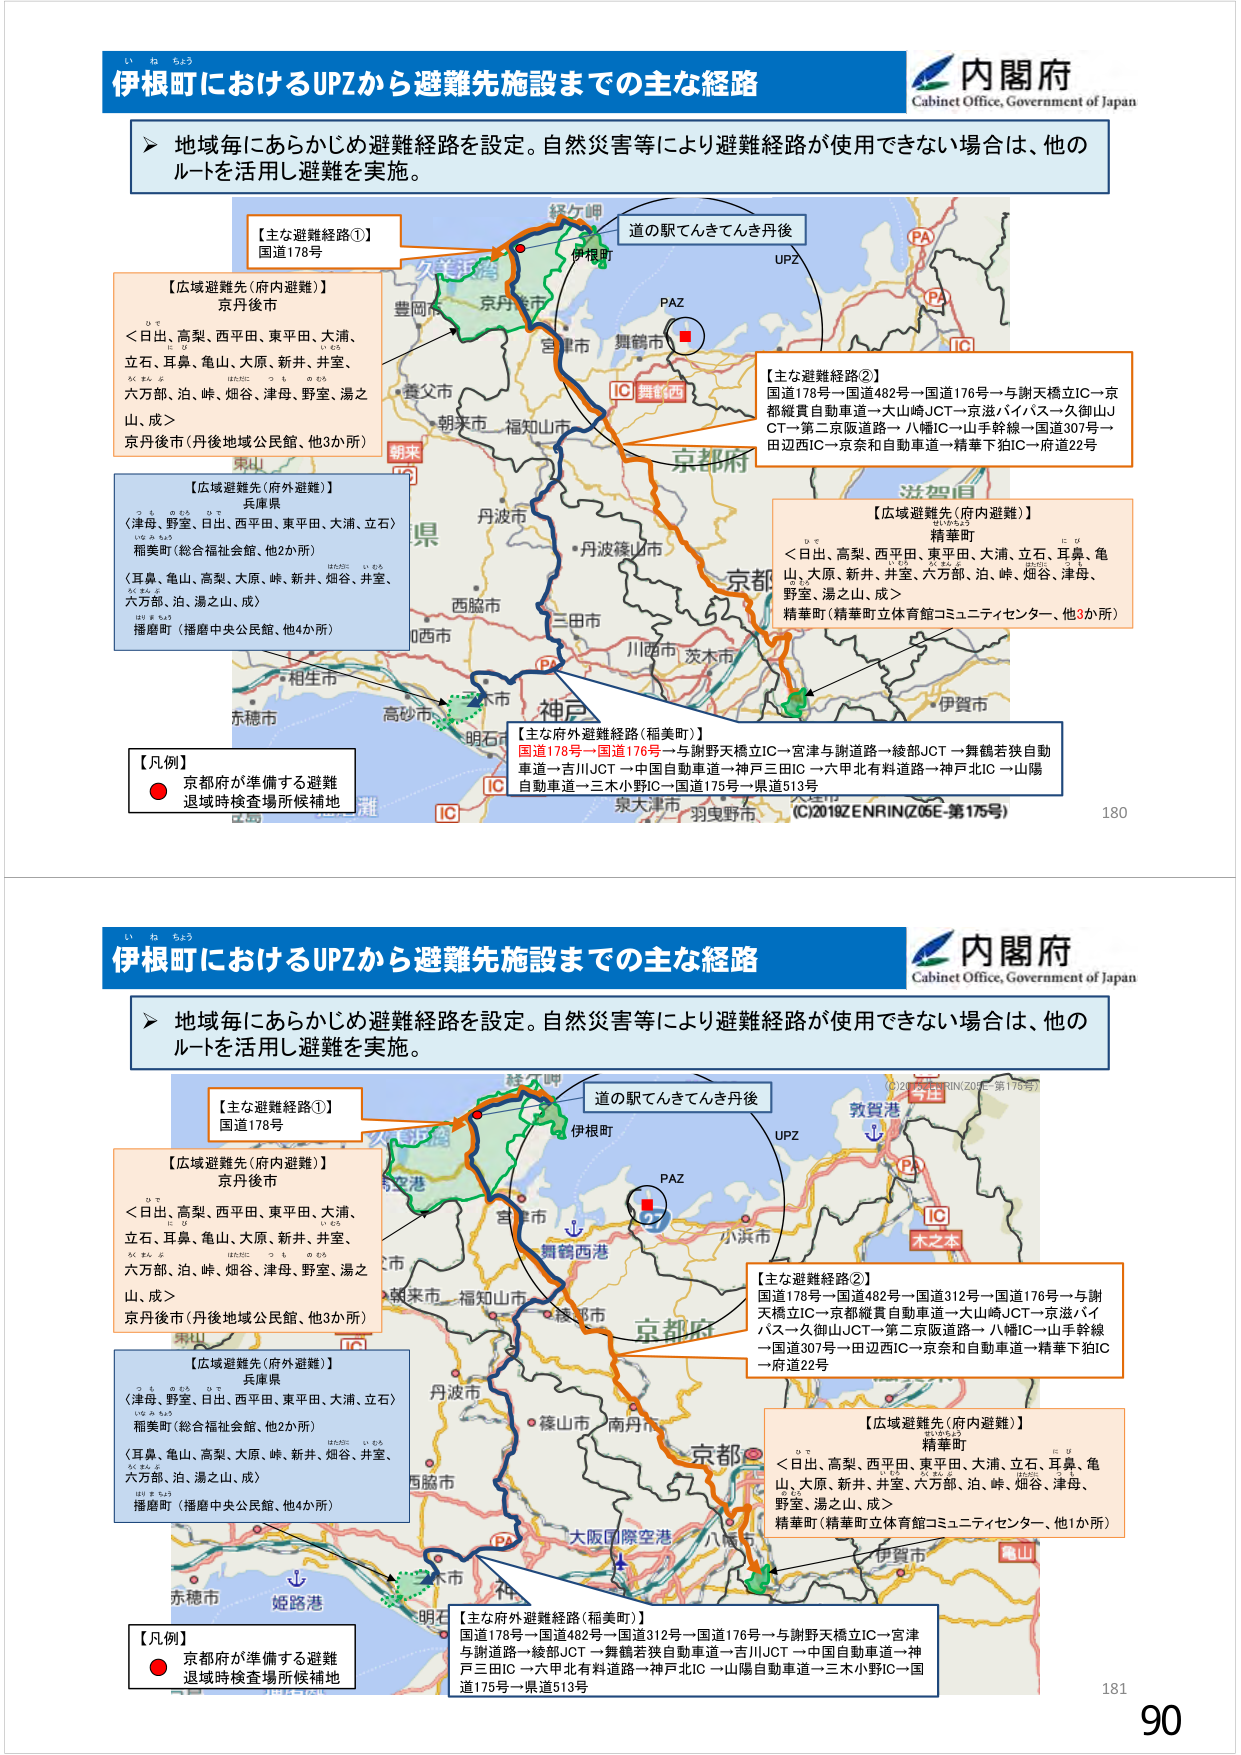
い ね ちょう
伊根町におけるUPZから避難先施設までの主な経路
内閣府
Cabinet Office, Government of Japan

▶ 地域毎にあらかじめ避難経路を設定。自然災害等により避難経路が使用できない場合は、他のルートを活用し避難を実施。

【主な避難経路①】
国道178号

【広域避難先（府内避難）】
京丹後市
＜日出、高梨、西平田、東平田、大浦、立石、耳鼻、亀山、大原、新井、井室、六方部、泊、峠、畑谷、津母、野室、湯之山、成＞
京丹後市（丹後地域公民館、他3か所）

【広域避難先（府外避難）】
兵庫県
〈津母、野室、日出、西平田、東平田、大浦、立石〉
稲美町（総合福祉会館、他2か所）
〈耳鼻、亀山、高梨、大原、峠、新井、畑谷、井室、六方部、泊、湯之山、成〉
播磨町（播磨中央公民館、他4か所）

【凡例】
● 京都府が準備する避難退域時検査場所候補地

道の駅てんきてんき丹後
UPZ
PAZ
IC 舞鶴西
京都府
丹波市
丹波篠山市
三田市
川西市 茨木市
神戸
高砂市
明石市
赤穂市
相生市
豊岡市
朝来市
福知山市
舞鶴市
宮津市
京丹後市
伊根町
経ヶ岬
IC
泉大津市
羽曳野市
（C）2018ZENRIN（Z06E-第175号）
180

【主な避難経路②】
国道178号→国道482号→国道176号→与謝天橋立IC→京都縦貫自動車道→大山崎JCT→京滋バイパス→久御山JCT→第二京阪道路→八幡IC→山手幹線→国道307号→田辺IC→京奈和自動車道→精華下狛IC→府道22号

【広域避難先（府内避難）】
精華町
＜日出、高梨、西平田、東平田、大浦、立石、耳鼻、亀山、大原、新井、井室、六方部、泊、峠、畑谷、津母、野室、湯之山、成＞
精華町（精華町立体育館コミュニティセンター、他3か所）

【主な府外避難経路（稲美町）】
国道178号→国道176号→与謝野天橋立IC→宮津与謝道路→綾部JCT→舞鶴若狭自動車道→吉川JCT→中国自動車道→神戸三田IC→六甲北有料道路→神戸北IC→山陽自動車道→三木小野IC→国道175号→県道513号

い ね ちょう
伊根町におけるUPZから避難先施設までの主な経路
内閣府
Cabinet Office, Government of Japan

▶ 地域毎にあらかじめ避難経路を設定。自然災害等により避難経路が使用できない場合は、他のルートを活用し避難を実施。

【主な避難経路①】
国道178号

【広域避難先（府内避難）】
京丹後市
＜日出、高梨、西平田、東平田、大浦、立石、耳鼻、亀山、大原、新井、井室、六方部、泊、峠、畑谷、津母、野室、湯之山、成＞
京丹後市（丹後地域公民館、他3か所）

【広域避難先（府外避難）】
兵庫県
〈津母、野室、日出、西平田、東平田、大浦、立石〉
稲美町（総合福祉会館、他2か所）
〈耳鼻、亀山、高梨、大原、峠、新井、畑谷、井室、六方部、泊、湯之山、成〉
播磨町（播磨中央公民館、他4か所）

【凡例】
● 京都府が準備する避難退域時検査場所候補地

道の駅てんきてんき丹後
UPZ
PAZ
IC 舞鶴西港
京都府
丹波市
丹波篠山市
三田市
川西市 茨木市
神戸
高砂市
明石市
赤穂市
相生市
豊岡市
朝来市
福知山市
舞鶴市
宮津市
京丹後市
伊根町
経ヶ岬
IC
大阪国際空港
八幡IC
木之本
敦賀港
小浜市
（C）2018ZENRIN（Z06E-第175号）
181

【主な避難経路②】
国道178号→国道482号→国道312号→国道176号→与謝天橋立IC→京都縦貫自動車道→大山崎JCT→京滋バイパス→久御山JCT→第二京阪道路→八幡IC→山手幹線→国道307号→田辺IC→京奈和自動車道→精華下狛IC→府道22号

【広域避難先（府内避難）】
精華町
＜日出、高梨、西平田、東平田、大浦、立石、耳鼻、亀山、大原、新井、井室、六方部、泊、峠、畑谷、津母、野室、湯之山、成＞
精華町（精華町立体育館コミュニティセンター、他1か所）

【主な府外避難経路（稲美町）】
国道178号→国道482号→国道312号→国道176号→与謝野天橋立IC→宮津与謝道路→綾部JCT→舞鶴若狭自動車道→吉川JCT→中国自動車道→神戸三田IC→六甲北有料道路→神戸北IC→山陽自動車道→三木小野IC→国道175号→県道513号

90